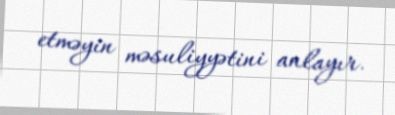
etməyin məsuliyyətini anlayır.